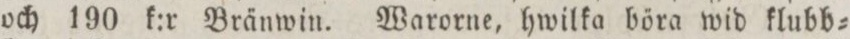
och 190 k:r Bränwin. Warorne, hwilka böra wid klubb=